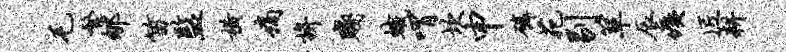
毛繁郇笛监横痛拚贱蛾喟坎申磷苑剔箪辰痍匠耕